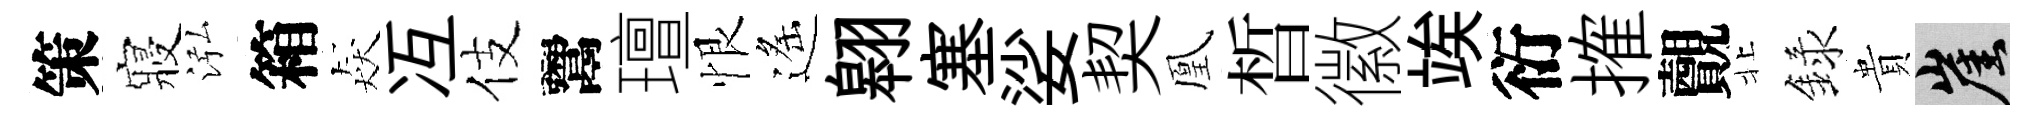
策寢泓箱猋冱伎鬻璮恨遙翱塞娑契凰晳徽竢衍搉覿北録貴崖